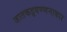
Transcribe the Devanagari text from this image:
जातकट्ठवण्णनाकार